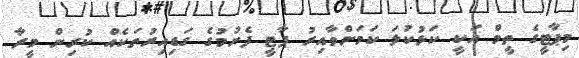
މިޕާޓީގެ ތީމް އަކީ ކަޅުކުލަ ކަމަށްވާއިރު ޕާޓީ ފެށުމުގެ ގަޑިއިރުތަކެއް ކުރިން މީރާ